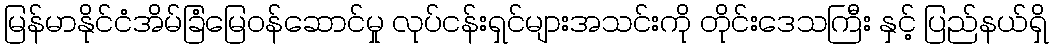
မြန်မာနိုင်ငံအိမ်ခြံမြေဝန်ဆောင်မှု လုပ်ငန်းရှင်များအသင်းကို တိုင်းဒေသကြီး နှင့် ပြည်နယ်ရှိ